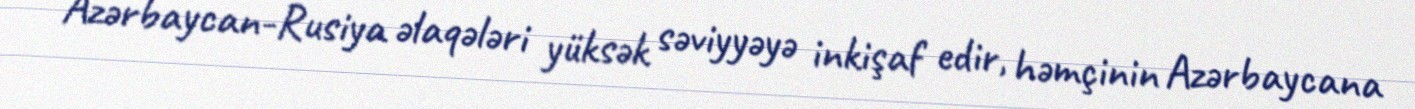
Azərbaycan-Rusiya əlaqələri yüksək səviyyəyə inkişaf edir, həmçinin Azərbaycana